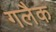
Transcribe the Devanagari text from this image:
गलैक